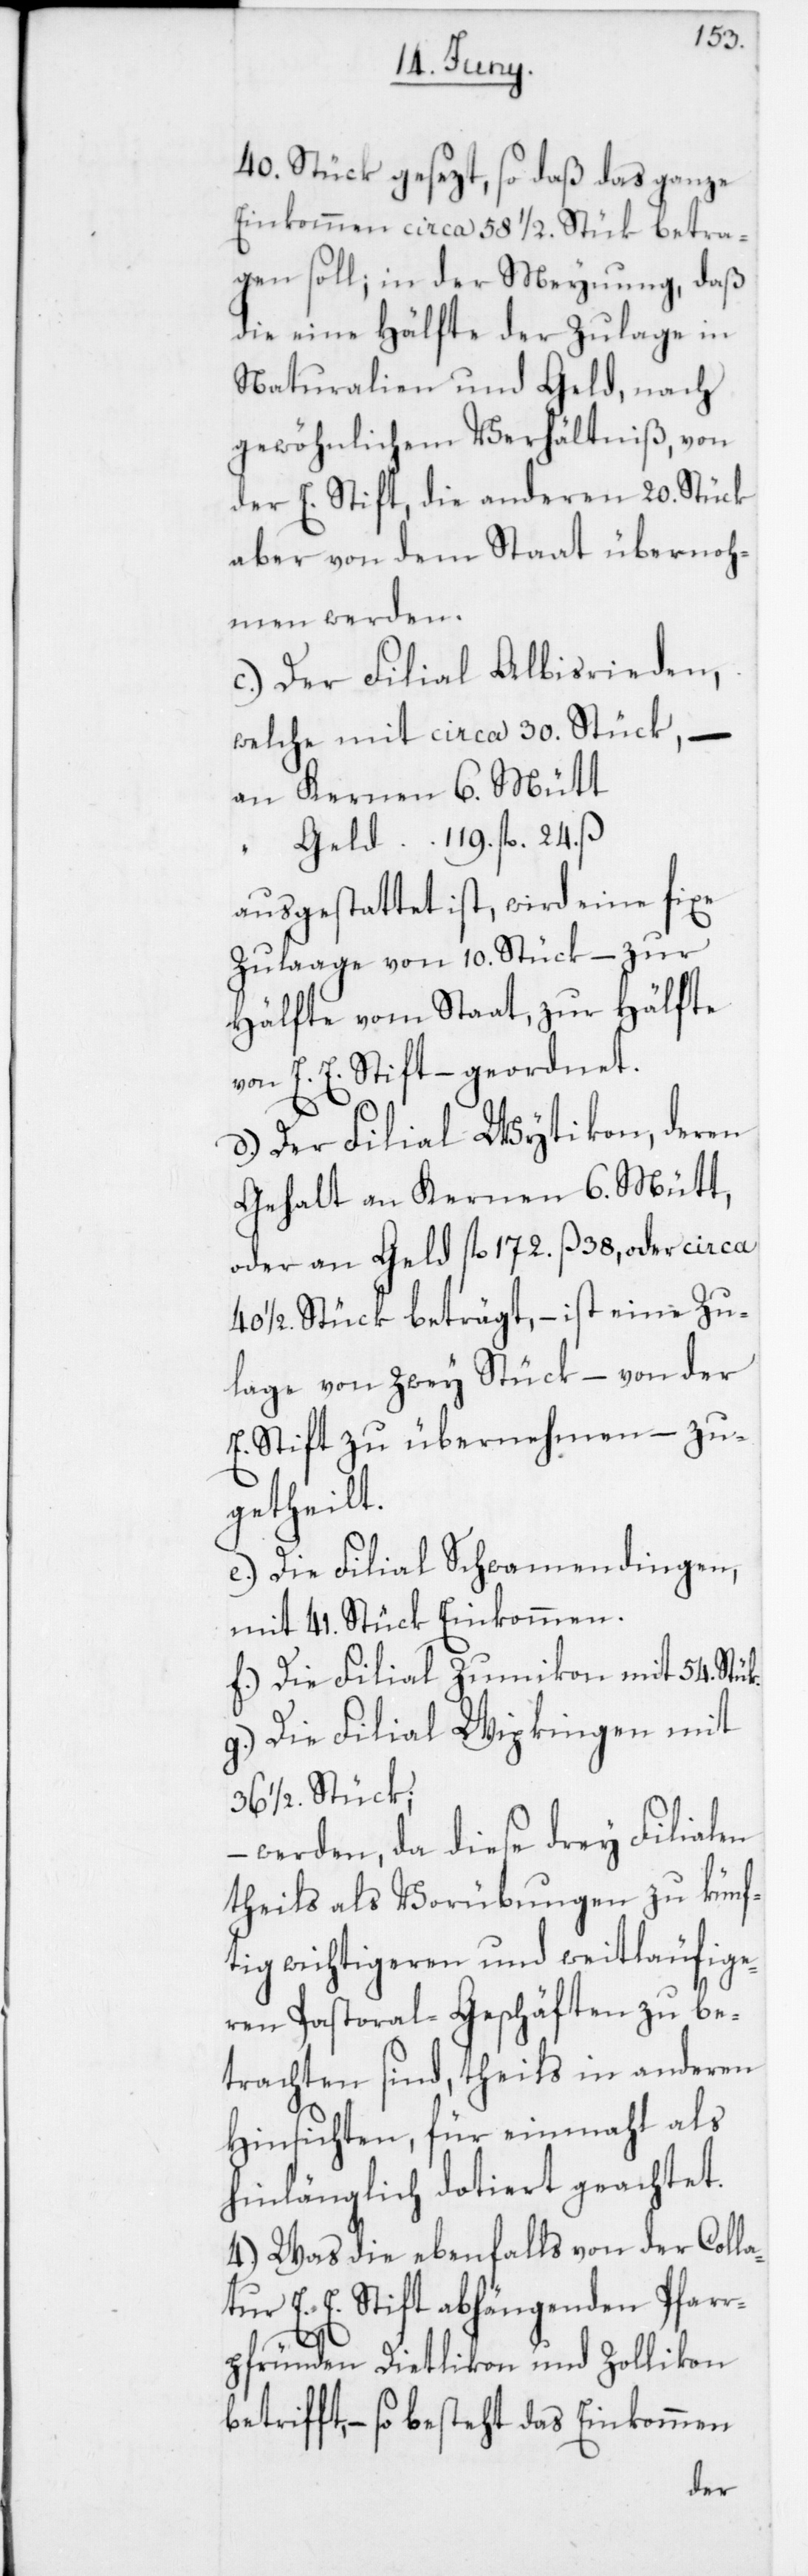
40. Stück gesezt, so daß das ganze
Einkommen circa 58 ½. Stük betra¬
gen soll; in der Meynung, daß
die eine Hälfte der Zulage in
Naturalien und Geld, nach
gewöhnlichem Verhältniß von
der E. Stift, die anderen 20. Stück
aber von dem Staat übernoh¬
men werden.
c) Der Filial Albisrieden,
welche mit circa 30. Stück, –
an Kernen 6. Mütt
Geld 119. fl. 24. ß
ausgestattet ist, wird eine fixe
Zulaage von 10. Stück – zur
Hälfte vom Staat, zur Hälfte
von E. E. Stift – geordnet.
d) Der Filial Wytikon, deren
Gehalt an Kernen 6. Mütt,
oder an Geld fl 172. ß 38., oder circa
40 ½. Stück beträgt, – ist eine Zu¬
lage von zwey Stück, – von der
E. Stift zu übernehmen – zu¬
getheilt.
e) Die Filial Schwamendingen,
mit 41. Stück Einkommen.
f) Die Filial Zumikon mit 54. Stük.
g) Die Filial Wipkingen mit
36 1/2. Stück;
werden, da diese drey Filialen
a¬
theils als Vorübungen zu künf¬
tig wichtigeren und weitläufige¬
ren Pastoral-Geschäften zu be¬
trachten sind, theils in anderen
Hinsichten, für einmahl als
hinlänglich dotiert geachtet.
4. Was die ebenfalls von der Coll¬
tur E. E. Stift abhängenden Pfarr¬
pründen Dietlikon und Zollikon
betrifft, – so besteht das Einkommen